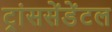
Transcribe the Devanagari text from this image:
ट्रांससेंडेंटल